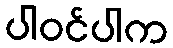
ပါဝင်ပါက